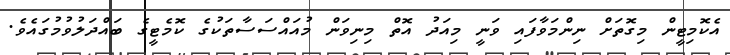
އެކޮމިޓީން މިގޮތަށް ނިންމަވާފައި ވަނީ މިއަދު އޮތް މިނިވަން މުއައްސަސާތަކުގެ ކޮމެޓީގެ ބައްދަލުވުމުގައެވެ.